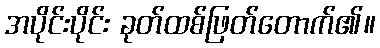
အပိုင်းပိုင်း ခုတ်ထစ်ဖြတ်တောက်၏။